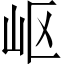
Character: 岖